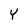
Character: Y